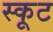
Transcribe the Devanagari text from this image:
स्कूट